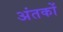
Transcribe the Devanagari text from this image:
अंतकों